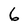
Character: 6